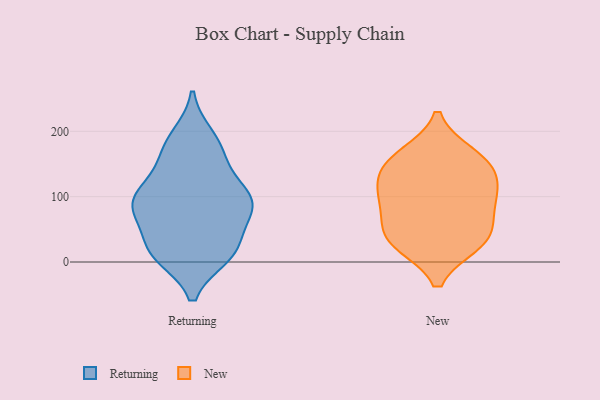
{"axis": {"x": "LTV (USD)", "y": "Value"}, "legend": ["New", "Returning"], "data": [{"x": "", "y": 185, "type": "Returning"}, {"x": "", "y": 100, "type": "Returning"}, {"x": "", "y": 87, "type": "Returning"}, {"x": "", "y": 86, "type": "Returning"}, {"x": "", "y": 98, "type": "Returning"}, {"x": "", "y": 74, "type": "Returning"}, {"x": "", "y": 12, "type": "Returning"}, {"x": "", "y": 16, "type": "Returning"}, {"x": "", "y": 21, "type": "Returning"}, {"x": "", "y": 101, "type": "Returning"}, {"x": "", "y": 26, "type": "Returning"}, {"x": "", "y": 142, "type": "Returning"}, {"x": "", "y": 172, "type": "Returning"}, {"x": "", "y": 10, "type": "Returning"}, {"x": "", "y": 70, "type": "Returning"}, {"x": "", "y": 102, "type": "Returning"}, {"x": "", "y": 15, "type": "Returning"}, {"x": "", "y": 84, "type": "Returning"}, {"x": "", "y": 192, "type": "Returning"}, {"x": "", "y": 154, "type": "Returning"}, {"x": "", "y": 88, "type": "New"}, {"x": "", "y": 32, "type": "New"}, {"x": "", "y": 97, "type": "New"}, {"x": "", "y": 126, "type": "New"}, {"x": "", "y": 55, "type": "New"}, {"x": "", "y": 154, "type": "New"}, {"x": "", "y": 149, "type": "New"}, {"x": "", "y": 29, "type": "New"}, {"x": "", "y": 163, "type": "New"}, {"x": "", "y": 34, "type": "New"}, {"x": "", "y": 106, "type": "New"}]}